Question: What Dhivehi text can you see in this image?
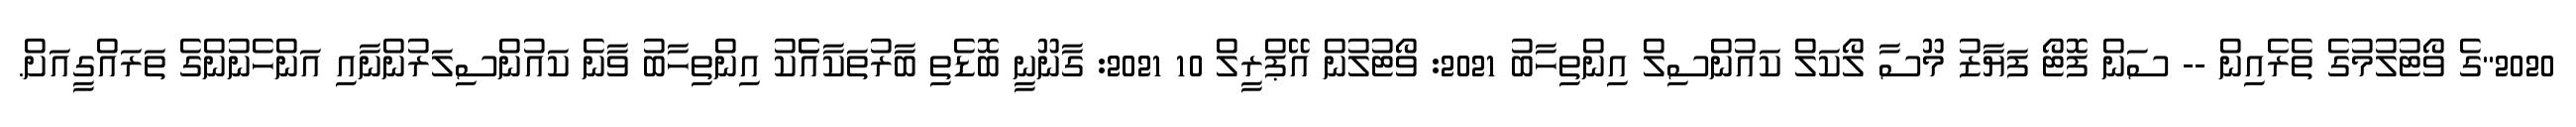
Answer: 2020"ގެ ވޯޓުލުމުގެ ތެރެއިން -- ސަން ފޮޓޯ ފަޔާޒު މޫސާ ލޯކަލް ކައުންސިލް އިންތިހާބު 2021: ވޯޓުލުން އޭޕްރީލް 10 2021: ގާނޫނީ ބޮޑެތި ބާރުތަކާއެެކު އިންތިހާބު ވާނެ ކައުންސިލަރުންނާއި އަންހެނުންގެ ތަރައްގީއަށް.